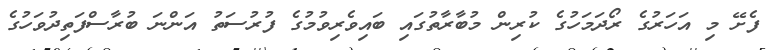
ފެށޭ މި އަހަރުގެ ރޯދަމަހުގެ ކުރިން މުބާރާތުގައި ބައިވެރިވުމުގެ ފުރުސަތު އަންނަ ބުރާސްފަތިދުވަހުގެ